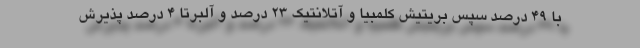
با 49 درصد سپس بریتیش کلمبیا و آتلانتیک 23 درصد و آلبرتا 4 درصد پذیرش